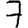
Digit: 7